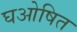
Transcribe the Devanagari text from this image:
घओषित